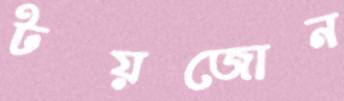
টয়জোন